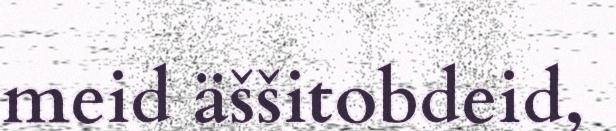
meid äššitobdeid,